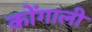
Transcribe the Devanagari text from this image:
कोंगाली